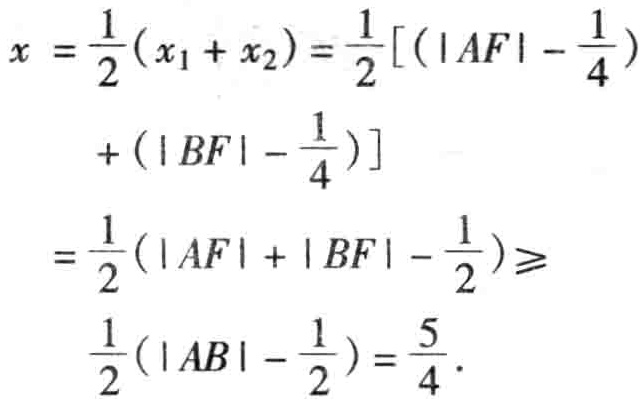
\[

\begin{align*}

x&=\frac{1}{2}(x_1 + x_2)=\frac{1}{2}\left[\left(|AF|-\frac{1}{4}\right)\right.\\

&\quad+\left(|BF|-\frac{1}{4}\right)\\

&=\frac{1}{2}\left(|AF|+|BF|-\frac{1}{2}\right)\geqslant\\

&\quad\frac{1}{2}\left(|AB|-\frac{1}{2}\right)=\frac{5}{4}.

\end{align*}

\]